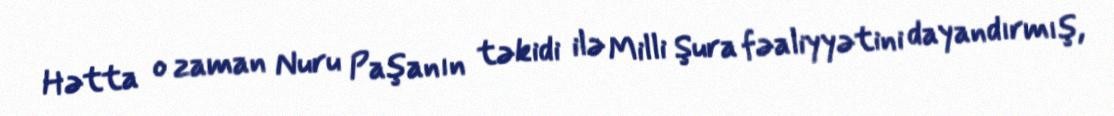
Hətta o zaman Nuru Paşanın təkidi ilə Milli Şura fəaliyyətini dayandırmış,